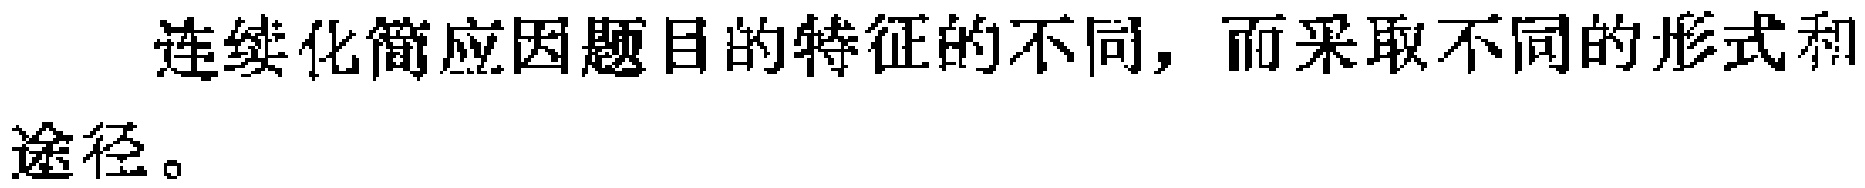
连续化简应因题目的特征的不同，而采取不同的形式和途径。